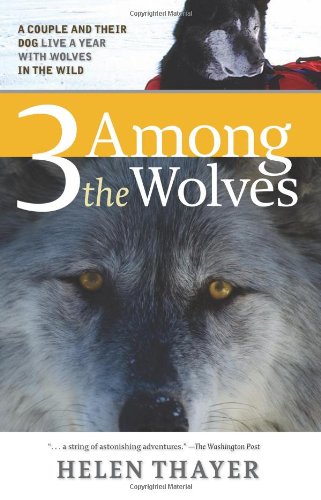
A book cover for Three Among the Wolves: A Couple and their Dog Live a Year with Wolves in the Wild; Helen Thayer; Sports & Outdoors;